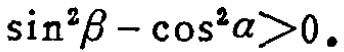
\(\sin^{2}\beta - \cos^{2}\alpha>0\)